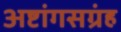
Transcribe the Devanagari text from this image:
अष्टांगसग्रंह